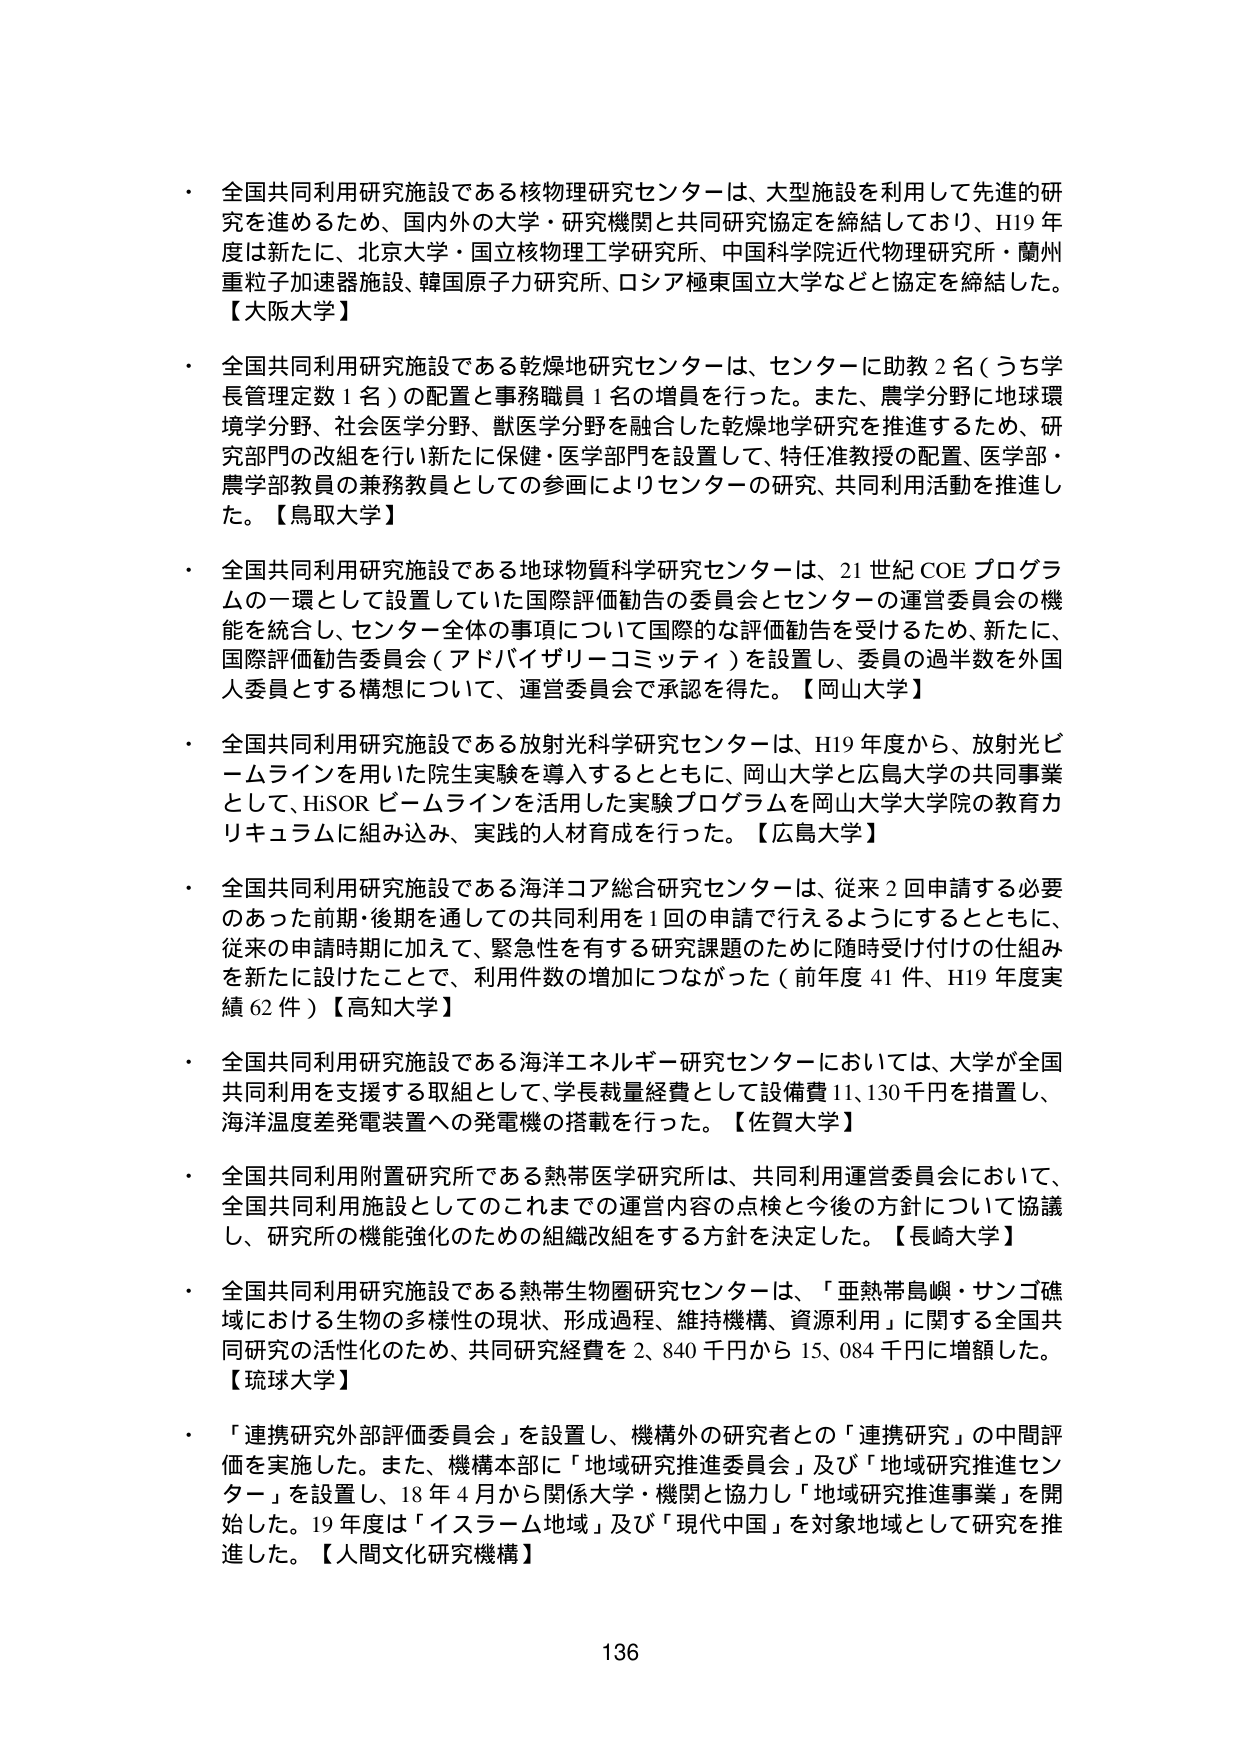
・全国共同利用研究施設である核物理研究センターは、大型施設を利用して先進的研究を進めるため、国内外の大学・研究機関と共同研究協定を締結しており、H19年度は新たに、北京大学・国立核物理工学研究所、中国科学院近代物理研究所・蘭州重粒子加速器施設、韓国原子力研究所、ロシア極東国立大学などと協定を締結した。【大阪大学】

・全国共同利用研究施設である乾燥地研究センターは、センターに助教2名（うち学長管理定数1名）の配置と事務職員1名の増員を行った。また、農学分野に地球環境学分野、社会医学分野、獣医学分野を融合した乾燥地学研究を推進するため、研究部門の改組を行い新たに保健・医学部門を設置して、特任准教授の配置、医学部・農学部教員の兼務教員としての参画によりセンターの研究、共同利用活動を推進した。【鳥取大学】

・全国共同利用研究施設である地球物質科学研究センターは、21世紀COEプログラムの一環として設置していた国際評価勧告の委員会とセンターの運営委員会の機能を統合し、センター全体の事項について国際的な評価勧告を受けるため、新たに、国際評価勧告委員会（アドバイザリーコミッティ）を設置し、委員の過半数を外国人委員とする構想について、運営委員会で承認を得た。【岡山大学】

・全国共同利用研究施設である放射光科学研究センターは、H19年度から、放射光ビームラインを用いた院生実験を導入するとともに、岡山大学と広島大学の共同事業として、HiSORビームラインを活用した実験プログラムを岡山大学大学院の教育カリキュラムに組み込み、実践的人材育成を行った。【広島大学】

・全国共同利用研究施設である海洋コア総合研究センターは、従来2回申請する必要のあった前期・後期を通じての共同利用を1回の申請で行えるようにするとともに、従来の申請時期に加えて、緊急性を有する研究課題のために随時受け付けの仕組みを新たに設けたことで、利用件数の増加につながった（前年度41件、H19年度実績62件）【高知大学】

・全国共同利用研究施設である海洋エネルギー研究センターにおいては、大学が全国共同利用を支援する取組として、学長裁量経費として設備費11,130千円を措置し、海洋温度差発電装置への発電機の搭載を行った。【佐賀大学】

・全国共同利用附属研究所である熱帯医学研究所は、共同利用運営委員会において、全国共同利用施設としてのこれまでの運営内容の点検と今後の方針について協議し、研究所の機能強化のための組織改組をする方針を決定した。【長崎大学】

・全国共同利用研究施設である熱帯生物圏研究センターは、「亜熱帯島嶼・サンゴ礁域における生物の多様性の現状、形成過程、維持機構、資源利用」に関する全国共同研究の活性化のため、共同研究経費を2,840千円から15,084千円に増額した。【琉球大学】

・「連携研究外部評価委員会」を設置し、機構外の研究者との「連携研究」の中間評価を実施した。また、機構本部に「地域研究推進委員会」及び「地域研究推進センター」を設置し、18年4月から関係大学・機関と協力し「地域研究推進事業」を開始した。19年度は「イスラーム地域」及び「現代中国」を対象地域として研究を推進した。【人間文化研究機構】

136